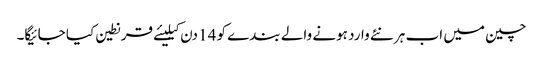
چین میں اب ہر نئے وارد ہونے والے بندے کو 14 دن کیلیئے قرنطین کیا جائیگا۔